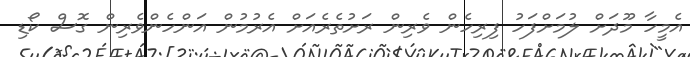
އެމީހާ މޫދަށް ލުމަށްފަހު ފިރިހެން ވެރިން ރަށުތެރެއަށް އެރުމުން އަންހެންވެރިން ގޮސް ކޯޑި